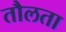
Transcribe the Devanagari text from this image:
तौलता